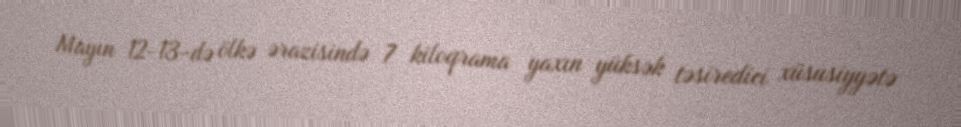
Mayın 12-13-də ölkə ərazisində 7 kiloqrama yaxın yüksək təsiredici xüsusiyyətə